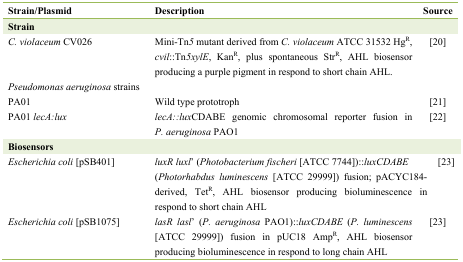
<table><thead><tr><td><b>Strain/Plasmid</b></td><td><b>Description</b></td><td><b>Source</b></td></tr></thead><tbody><tr><td><b>Strain</b></td><td></td><td></td></tr><tr><td><i>C. violaceum</i> CV026</td><td>Mini-Tn<i>5</i> mutant derived from <i>C. violaceum</i> ATCC 31532 Hg<sup>R</sup>, <i>cvil</i>::Tn<i>5xylE</i>, Kan<sup>R</sup>, plus spontaneous Str<sup>R</sup>, AHL biosensor producing a purple pigment in respond to short chain AHL.</td><td>[20]</td></tr><tr><td><i>Pseudomonas aeruginosa</i> strains PA01</td><td>Wild type prototroph</td><td>[21]</td></tr><tr><td>PA01 <i>lecA:lux</i></td><td><i>lecA::lux</i>CDABE genomic chromosomal reporter fusion in <i>P. aeruginosa</i> PAO1</td><td>[22]</td></tr><tr><td><b>Biosensors</b></td><td></td><td></td></tr><tr><td><i>Escherichia coli</i> [pSB401]</td><td><i>luxR luxl</i>&#x27; (<i>Photobacterium fischeri</i> [ATCC 7744])::<i>luxCDABE</i> (<i>Photorhabdus luminescens</i> [ATCC 29999]) fusion; pACYC184-derived, Tet<sup>R</sup>, AHL biosensor producing bioluminescence in respond to short chain AHL</td><td>[23]</td></tr><tr><td><i>Escherichia coli</i> [pSB1075]</td><td><i>lasR lasl</i>&#x27; (<i>P. aeruginosa</i> PAO1)::<i>luxCDABE</i> (<i>P. luminescens</i> [ATCC 29999]) fusion in pUC18 Amp<sup>R</sup>, AHL biosensor producing bioluminescence in respond to long chain AHL</td><td>[23]</td></tr></tbody></table>